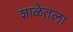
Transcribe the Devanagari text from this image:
शाळेतला